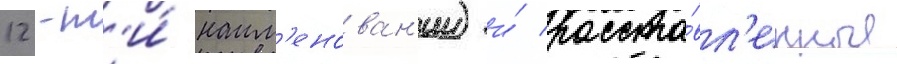
12-т'и́ наим'енован'ии) и́ расста́вл'енные